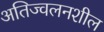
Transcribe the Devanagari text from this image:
अतिज्वलनशील